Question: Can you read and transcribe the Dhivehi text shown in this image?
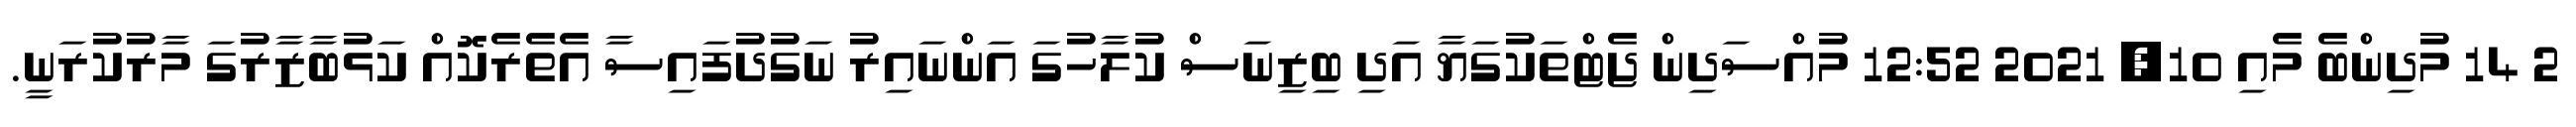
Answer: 2 14 މުދިންބެ މެއި 10, 2021 12:52 މުއްސަދިން ޖެޓްތަކުގަޔާ އަދި ބިޒިނަސް ކުލާހުގަ އަންނައިރު ނަގުދުފައިސާ އެތެރެކޮއް ކަޅުބާޒާރުގަ މާރުކުރަނީ.